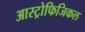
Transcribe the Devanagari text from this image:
आस्ट्रोफिजिकल